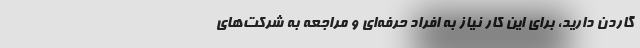
گاردن دارید، برای این کار نیاز به افراد حرفه‌ای و مراجعه به شرکت‌های